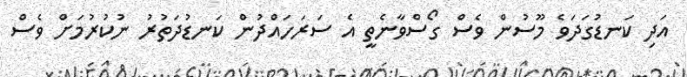
އަދި ކަނޑުގަދަވެ މޫސުން ވެސް ގޯސްވާނެތީ އެ ސަރަހައްދުން ކަނޑުދަތުރު ނުކުރުމަށް ވެސް